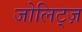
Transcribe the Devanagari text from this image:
जोलिट्ज़